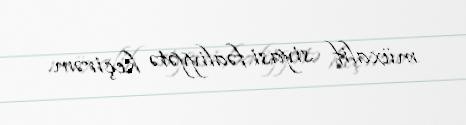
müxalif siyasi fəaliyyətə keçirəm.